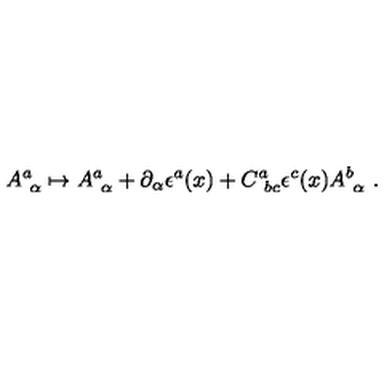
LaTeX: A _ { \ \alpha } ^ { a } \mapsto A _ { \ \alpha } ^ { a } + \partial _ { \alpha } \epsilon ^ { a } ( x ) + C _ { \ b c } ^ { a } \epsilon ^ { c } ( x ) A _ { \ \alpha } ^ { b } \ .